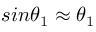
s i n \theta _ { 1 } \approx \theta _ { 1 }